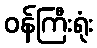
ဝန်ကြီးရုံး